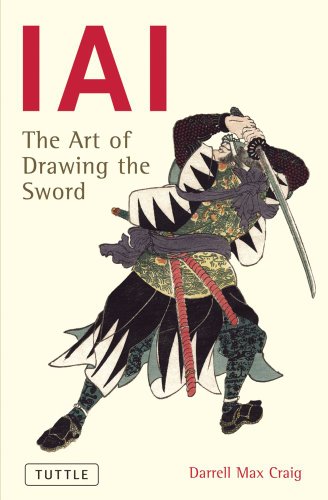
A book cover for IAI: The Art Of Drawing The Sword; Darrell Max Craig; Sports & Outdoors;